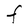
Character: F